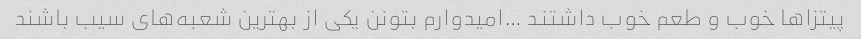
پیتزا‌ها خوب و طعم خوب داشتند …امیدوارم بتونن یکی از بهترین شعبه‌های سیب باشند